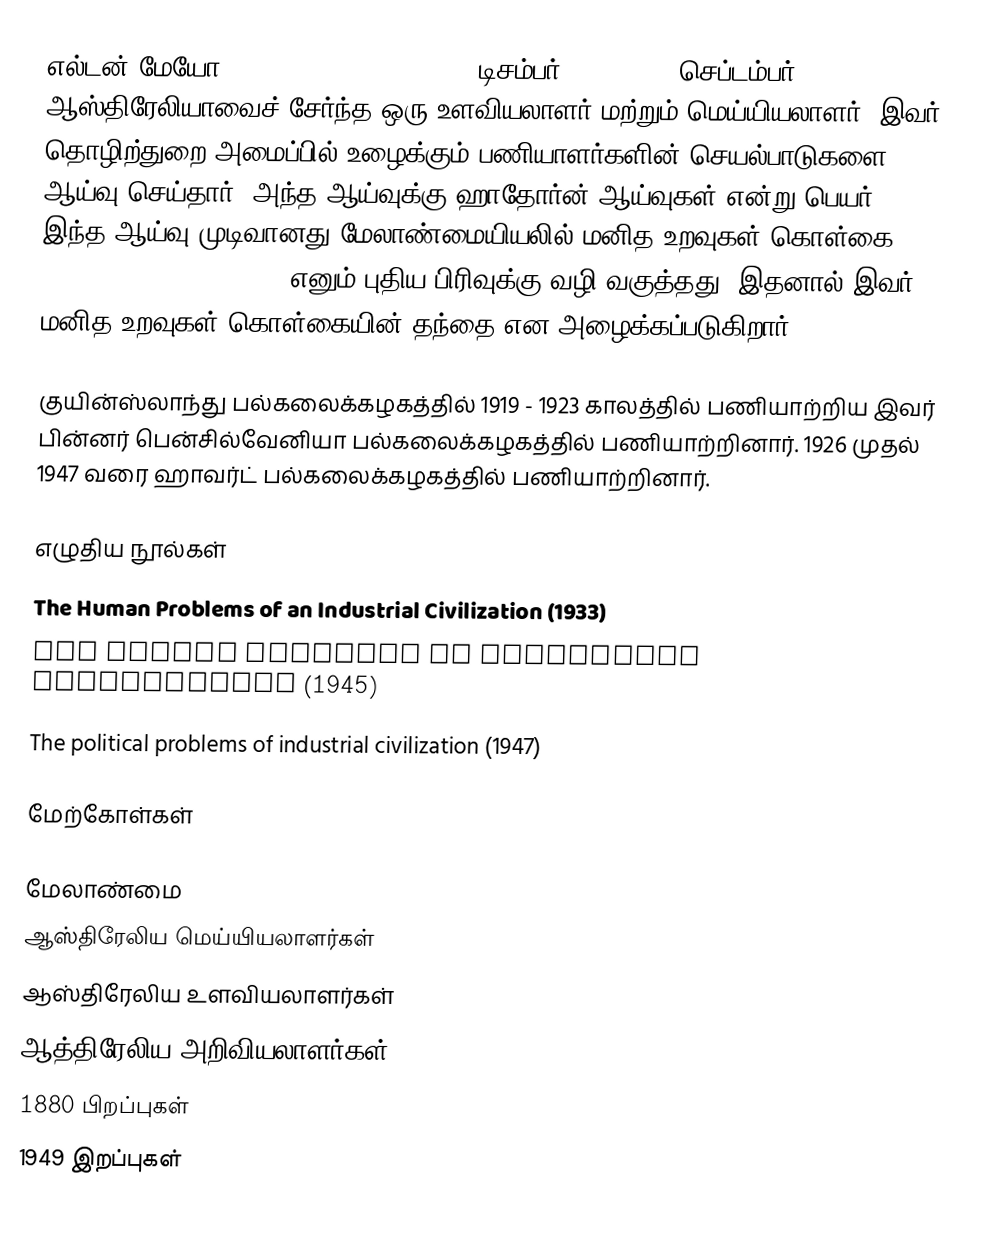
எல்டன் மேயோ (George Elton John Mayo, டிசம்பர் 26, 1880 - செப்டம்பர் 7, 1949) ஆஸ்திரேலியாவைச் சேர்ந்த ஒரு உளவியலாளர் மற்றும் மெய்யியலாளர். இவர் தொழிற்துறை அமைப்பில் உழைக்கும் பணியாளர்களின் செயல்பாடுகளை ஆய்வு செய்தார். அந்த ஆய்வுக்கு ஹாதோர்ன் ஆய்வுகள் என்று பெயர். இந்த ஆய்வு முடிவானது மேலாண்மையியலில் மனித உறவுகள் கொள்கை (Human Relations Theory) எனும் புதிய பிரிவுக்கு வழி வகுத்தது. இதனால் இவர் மனித உறவுகள் கொள்கையின் தந்தை என அழைக்கப்படுகிறார்.

குயின்ஸ்லாந்து பல்கலைக்கழகத்தில் 1919 - 1923 காலத்தில் பணியாற்றிய இவர் பின்னர் பென்சில்வேனியா பல்கலைக்கழகத்தில் பணியாற்றினார். 1926 முதல் 1947 வரை ஹாவர்ட் பல்கலைக்கழகத்தில் பணியாற்றினார்.

எழுதிய நூல்கள்
The Human Problems of an Industrial Civilization (1933)
The social problems of industrial civilization (1945)
The political problems of industrial civilization (1947)

மேற்கோள்கள்

மேலாண்மை
ஆஸ்திரேலிய மெய்யியலாளர்கள்
ஆஸ்திரேலிய உளவியலாளர்கள்
ஆத்திரேலிய அறிவியலாளர்கள்
1880 பிறப்புகள்
1949 இறப்புகள்